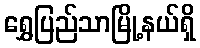
ရွှေပြည်သာမြို့နယ်ရှိ